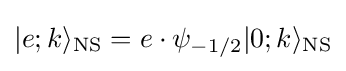
|e;k\rangle _{\text{NS}}=e\cdot \psi _{-1/2}|0;k\rangle _{\text{NS}}